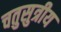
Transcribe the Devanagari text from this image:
चतुसुत्रीय